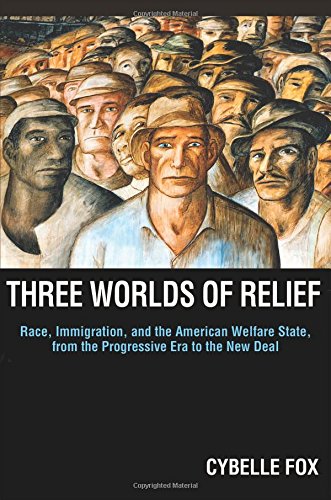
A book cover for Three Worlds of Relief: Race, Immigration, and the American Welfare State from the Progressive Era to the New Deal (Princeton Studies in American ... International, and Comparative Perspectives); Cybelle Fox; History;